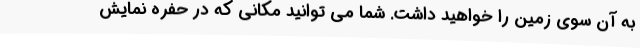
به آن سوی زمین را خواهید داشت. شما می توانید مکانی که در حفره نمایش